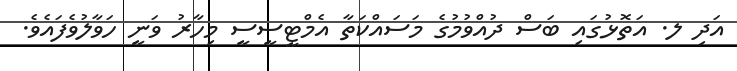
އަދި ލ. އަތޮޅުގައި ބަސް ދުއްވުމުގެ މަސައްކަތާ އެމްޓީސީސީ މިހާރު ވަނީ ހަވާލުވެފައެވެ.